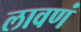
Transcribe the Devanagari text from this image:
लावणं